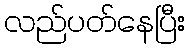
လည်ပတ်နေပြီး